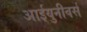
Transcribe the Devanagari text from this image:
आईयुनीवर्स